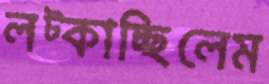
লট্‌কাচ্ছিলেম